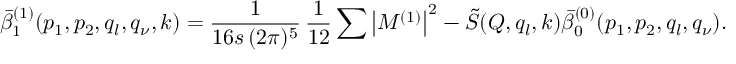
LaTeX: \bar { \beta } _ { 1 } ^ { ( 1 ) } ( p _ { 1 } , p _ { 2 } , q _ { l } , q _ { \nu } , k ) = \frac { 1 } { 1 6 s \, ( 2 \pi ) ^ { 5 } } \, \frac { 1 } { 1 2 } \sum \left| { \cal M } ^ { ( 1 ) } \right| ^ { 2 } - \tilde { S } ( Q , q _ { l } , k ) \bar { \beta } _ { 0 } ^ { ( 0 ) } ( p _ { 1 } , p _ { 2 } , q _ { l } , q _ { \nu } ) .